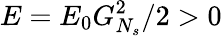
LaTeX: E=E_{0}G_{N_{s}}^{2}/2>0